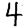
Digit: 4